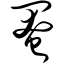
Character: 阉